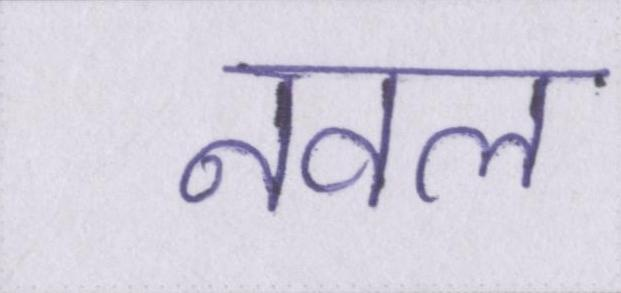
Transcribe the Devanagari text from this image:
नवल